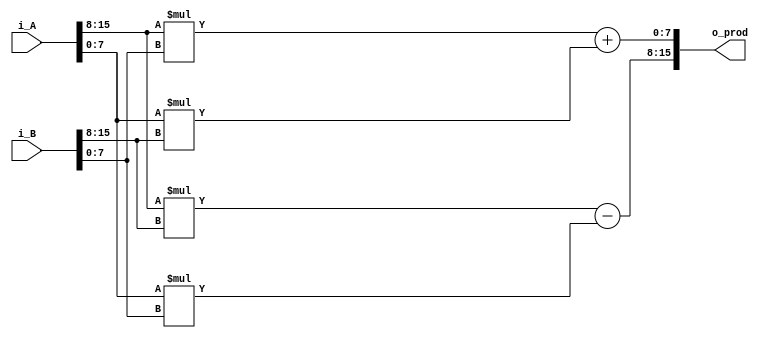
module complex_mul (
    i_A,
    i_B,
    o_prod
);

input wire [15:0] i_A, i_B;
output wire [15:0] o_prod;

// Intermediate wires
wire [7:0] a_real = i_A[15:8];
wire [7:0] a_imag = i_A[7:0];

wire [7:0] b_real = i_B[15:8];
wire [7:0] b_imag = i_B[7:0];

// Simple complex multiplication
assign o_prod[15:8] = (a_real * b_real) - (a_imag * b_imag);
assign o_prod[7:0] = (a_real * b_imag) + (a_imag * b_real);

endmodule